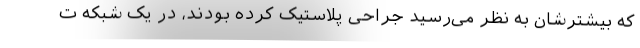
که بیشترشان به نظر می‌رسید جراحی پلاستیک کرده بودند، در یک شبکه ت